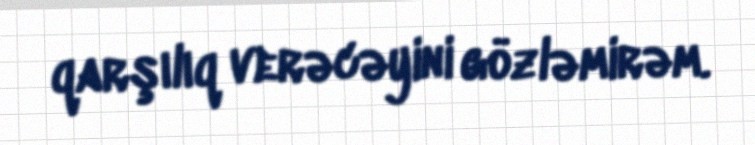
qarşılıq verəcəyini gözləmirəm.